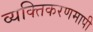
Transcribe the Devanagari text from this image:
व्यक्तिकरणमापी